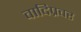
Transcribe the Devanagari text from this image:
वादिप्रवर